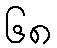
၆၈